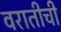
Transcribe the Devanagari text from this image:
वरातीची